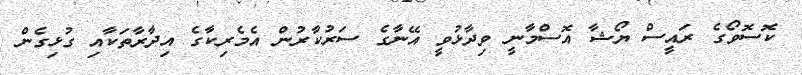
ކޮސޮވޯގެ ރައީސް ޔޯޝާ އޮސްމާނީ ވިދާޅުވީ އޭނާގެ ސަރުކާރުން އެމެރިކާގެ އިދާރާތަކާއި ގުޅިގެން